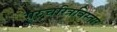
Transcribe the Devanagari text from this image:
गुरुचरित्रविस्तार